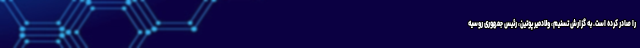
را صادر کرده است. به گزارش تسنیم، ولادمیر پوتین، رئیس جمهوری روسیه